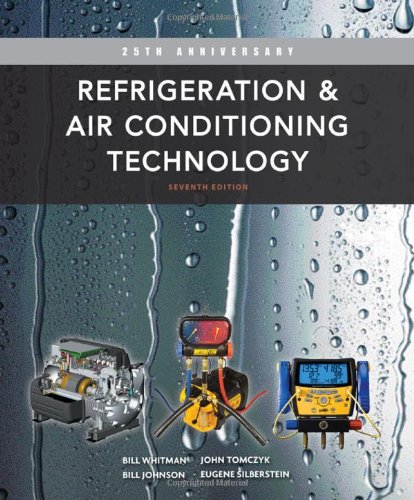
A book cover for Refrigeration and Air Conditioning Technology; Bill Whitman; Engineering & Transportation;